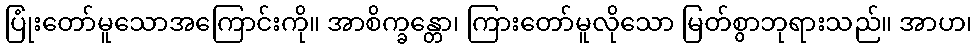
ပြုံးတော်မူသောအကြောင်းကို။ အာစိက္ခန္တော၊ ကြားတော်မူလိုသော မြတ်စွာဘုရားသည်။ အာဟ၊